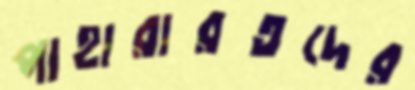
পাহারারতদের